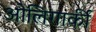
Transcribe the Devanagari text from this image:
ओलिगार्की